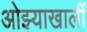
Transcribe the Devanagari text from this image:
ओझ्याखालीं